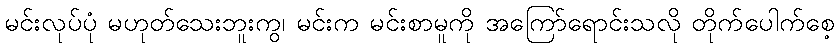
မင်းလုပ်ပုံ မဟုတ်သေးဘူးကွ၊ မင်းက မင်းစာမူကို အကြော်ရောင်းသလို တိုက်ပေါက်စေ့